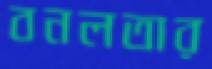
বনলতার